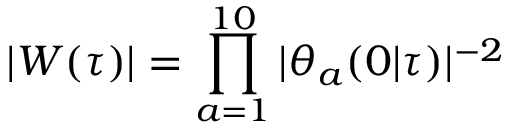
| W ( \tau ) | = \prod _ { a = 1 } ^ { 1 0 } | \theta _ { a } ( 0 | \tau ) | ^ { - 2 }